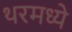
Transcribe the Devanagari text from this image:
थरमध्ये